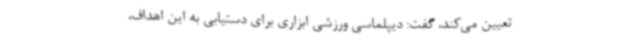
تعیین می‌کند، گفت: دیپلماسی ورزشی ابزاری برای دستیابی به این اهداف،